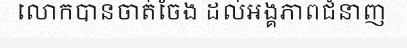
លោកបានចាត់ចែង ដល់អង្គភាពជំនាញ